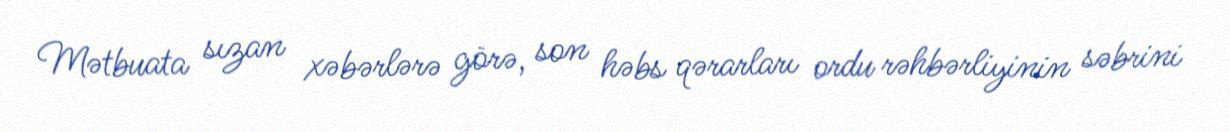
Mətbuata sızan xəbərlərə görə, son həbs qərarları ordu rəhbərliyinin səbrini